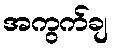
အကွက်ချ